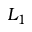
L _ { 1 }